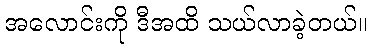
အလောင်းကို ဒီအထိ သယ်လာခဲ့တယ်။